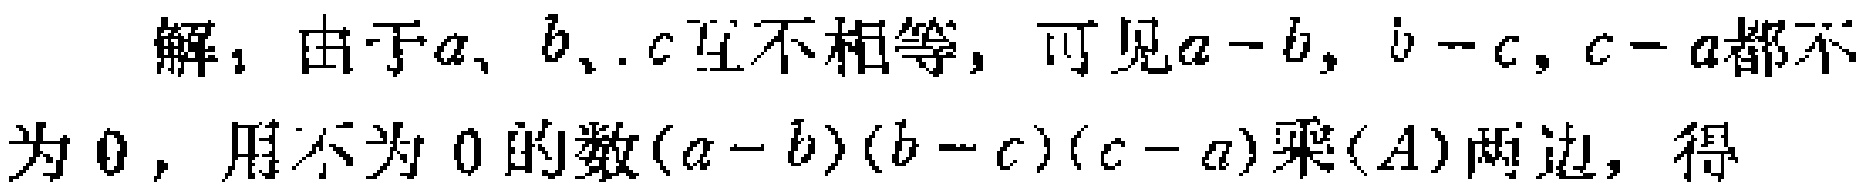
解：由于\(a、b、c\)互不相等，可见\(a - b,\ b - c,c - a\)都不为 \(0\)，用不为 \(0\)的数\((a - b)(b - c)(c - a)\)乘\((A)\)两边，得